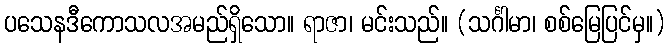
ပသေနဒီကောသလအမည်ရှိသော။ ရာဇာ၊ မင်းသည်။ (သင်္ဂါမာ၊ စစ်မြေပြင်မှ။)